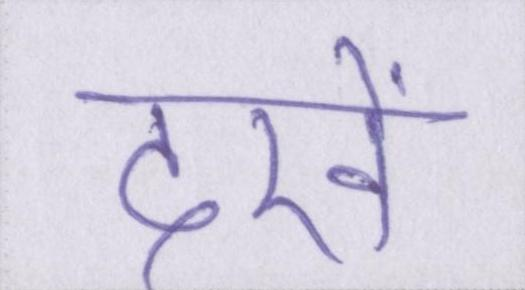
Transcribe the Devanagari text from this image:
देखें